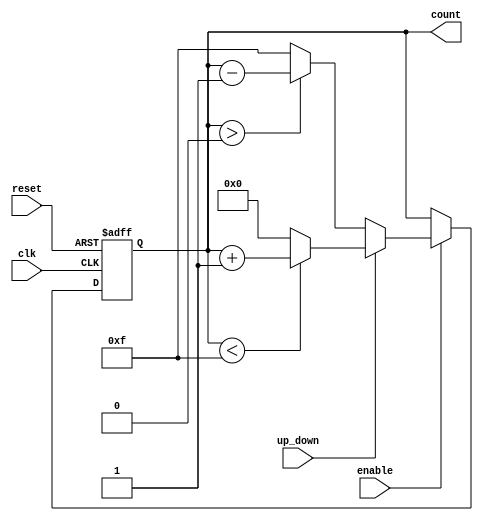
module synchronous_counter (
    input wire clk,           // Clock signal
    input wire reset,         // Asynchronous reset
    input wire enable,        // Enable signal
    input wire up_down,       // Count direction: 1 for up, 0 for down
    output reg [3:0] count    // 4-bit counter output (you can change the size here)
);

    // Maximum value based on 4 bits
    parameter MAX_COUNT = 4'b1111; // 15 for 4-bit counter
    parameter MIN_COUNT = 4'b0000; // 0 for 4-bit counter

    // Synchronous reset and counting logic
    always @(posedge clk or posedge reset) begin
        if (reset) begin
            count <= MIN_COUNT; // Reset counter to 0
        end else if (enable) begin
            if (up_down) begin
                // Count up
                if (count < MAX_COUNT) begin
                    count <= count + 1;
                end else begin
                    count <= MIN_COUNT; // wrap around
                end
            end else begin
                // Count down
                if (count > MIN_COUNT) begin
                    count <= count - 1;
                end else begin
                    count <= MAX_COUNT; // wrap around
                end
            end
        end
    end

endmodule